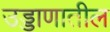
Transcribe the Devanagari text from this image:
उड्डाणातील